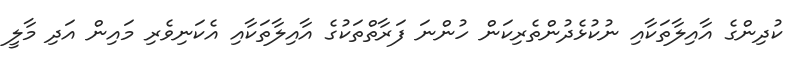
ކުދިންގެ އާއިލާތަކާއި ނުކުޅެދުންތެރިކަން ހުންނަ ފަރާތްތަކުގެ އާއިލާތަކާއި އެކަނިވެރި މައިން އަދި މާލީ